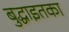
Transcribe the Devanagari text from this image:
बुद्धाइतका